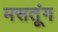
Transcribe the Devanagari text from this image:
मसतूंग